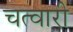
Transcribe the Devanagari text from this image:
चत्वारी